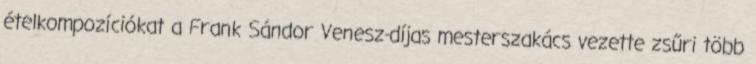
ételkompozíciókat a Frank Sándor Venesz-díjas mesterszakács vezette zsűri több